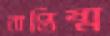
বাপ্তিষ্ম